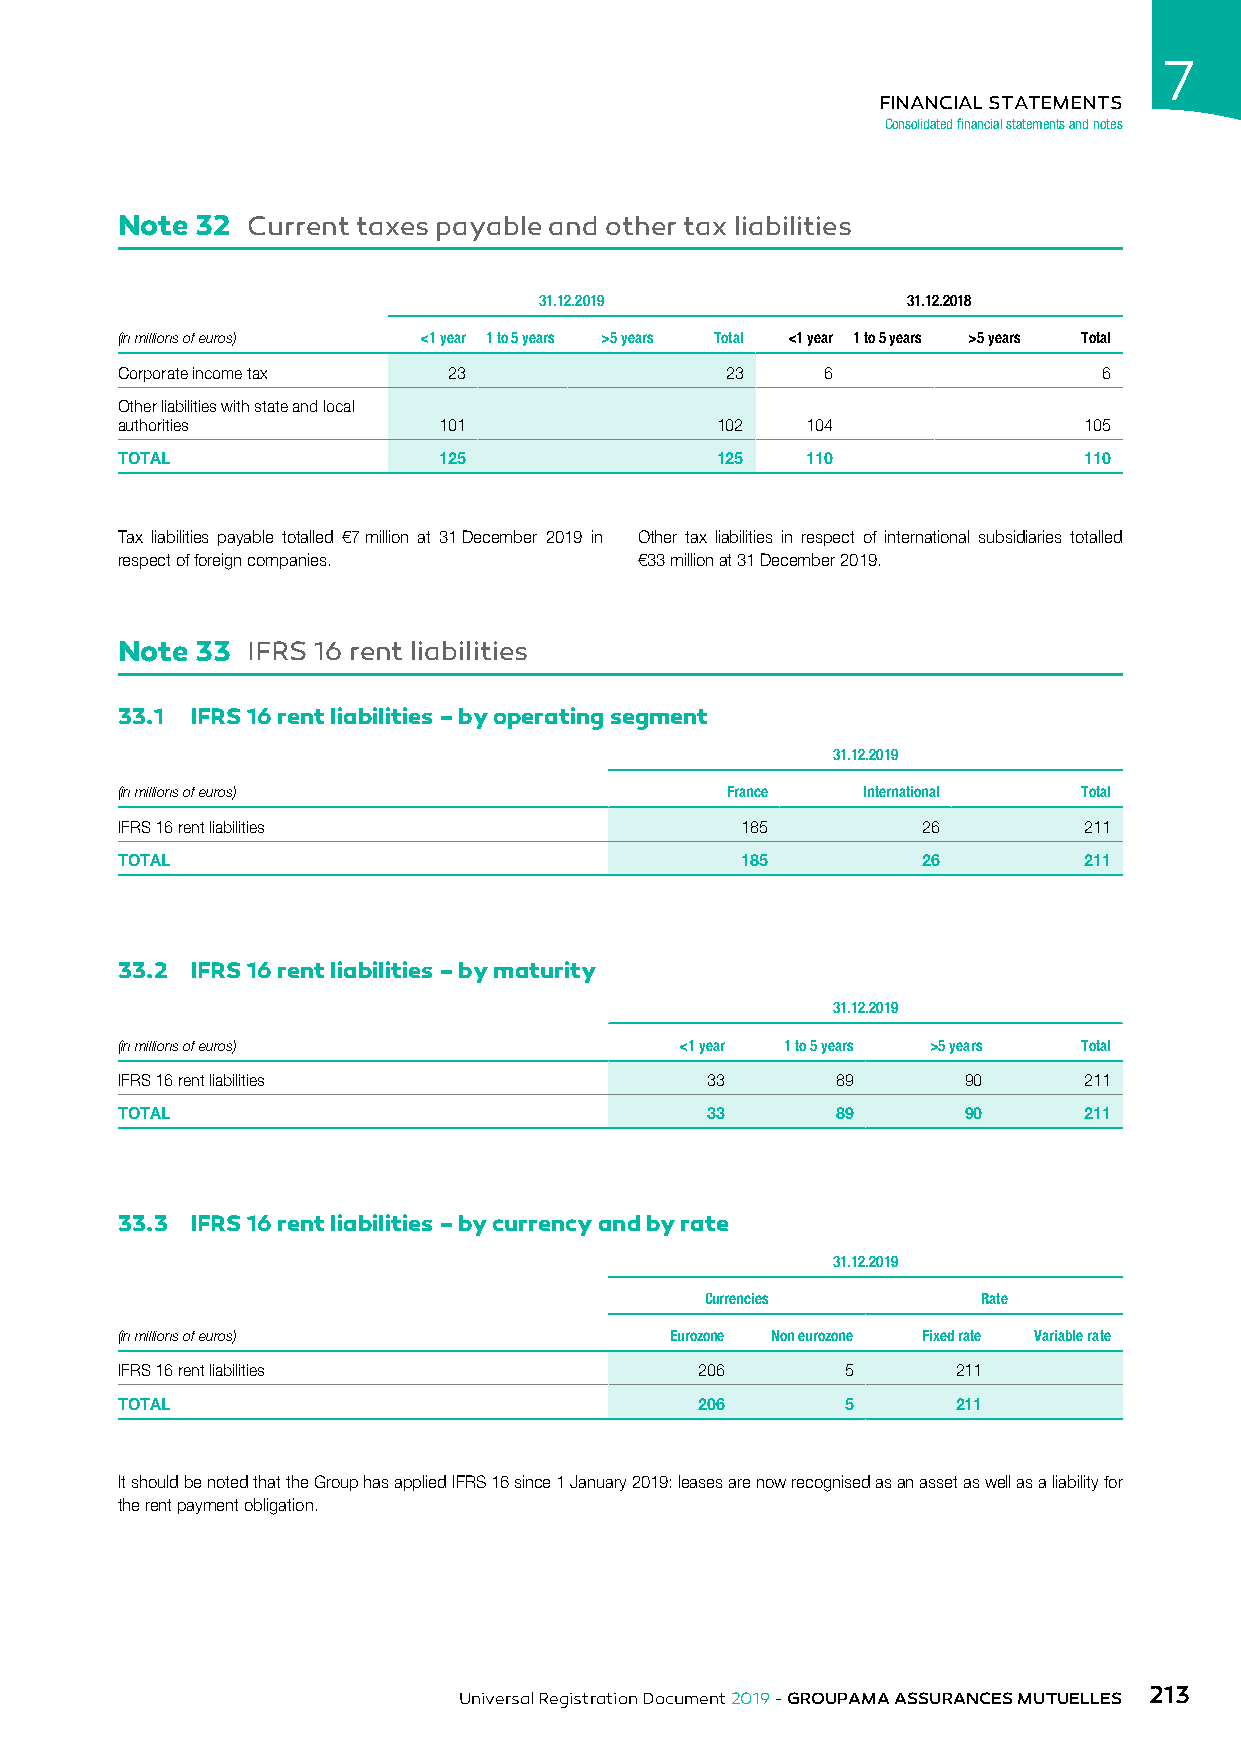
7
 FINANCIAL STATEMENTS
 Consolidated financial statements and notes
 Note 32 Current taxes payable and other tax liabilities
 31.12.2019              31.12.2018
 (in millions of euros) <1 year 1 to 5 years >5 years Total <1 year 1 to 5 years >5 years Total
 Corporate income tax  23                23     6                 6
 Other liabilities with state and local
 authorities          101               102   104                105
 TOTAL                125               125   110                110
 Tax liabilities payable totalled €7 million at 31 December 2019 in Other tax liabilities in respect of international subsidiaries totalled
 respect of foreign companies.     €33 million at 31 December 2019.
 Note 33 IFRS 16 rent liabilities
 33.1 IFRS 16 rent liabilities – by operating segment
 31.12.2019
 (in millions of euros)                  France   International  Total
 IFRS 16 rent liabilities                 185         26         211
 TOTAL                                    185         26         211
 33.2 IFRS 16 rent liabilities – by maturity
 31.12.2019
 (in millions of euros)               <1 year 1 to 5 years >5 years Total
 IFRS 16 rent liabilities               33      89       90      211
 TOTAL                                  33      89       90      211
 33.3 IFRS 16 rent liabilities – by currency and by rate
 31.12.2019
 Currencies        Rate
 (in millions of euros)              Eurozone Non eurozone Fixed rate Variable rate
 IFRS 16 rent liabilities              206       5      211
 TOTAL                                 206       5      211
 It should be noted that the Group has applied IFRS 16 since 1 January 2019: leases are now recognised as an asset as well as a liability for
 the rent payment obligation.
 213
 Universal Registration Document 2019 - GROUPAMA ASSURANCES MUTUELLES